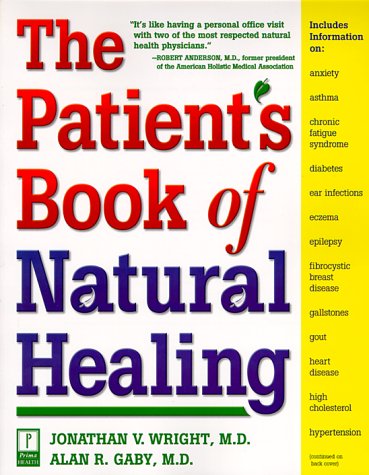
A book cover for The Patient's Book of Natural Healing: Includes Information on: Arthritis, Asthma, Heart Disease, Memory Loss, Migraines, PMS, Prostate Health, Ulcers; Jonathan Wright; Health, Fitness & Dieting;